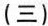
(三)